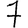
Digit: 7